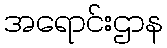
အရောင်းဌာန